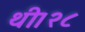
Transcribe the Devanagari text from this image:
थी।२८